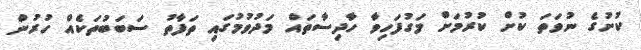
ކުށުގެ ނުވަތަ ކުށް ކުރުމަށް މަގުފަހިވާ ހާދިސާތައް މަދުވުމުގައި ތަފާތު ސަބަބުތަކެއް ހުރުން